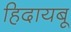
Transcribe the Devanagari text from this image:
हिदायबू